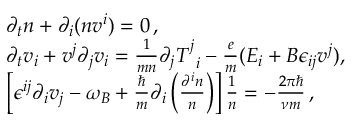
\begin{array} { r l } & { \partial _ { t } n + \partial _ { i } ( n v ^ { i } ) = 0 \, , } \\ & { \partial _ { t } v _ { i } + v ^ { j } \partial _ { j } v _ { i } = \frac { 1 } { m n } \partial _ { j } T _ { \, \, \, i } ^ { j } - \frac { e } { m } ( E _ { i } + B \epsilon _ { i j } v ^ { j } ) , } \\ & { \left[ \epsilon ^ { i j } \partial _ { i } v _ { j } - \omega _ { B } + \frac { \hbar } { m } \partial _ { i } \left( \frac { \partial ^ { i } n } { n } \right) \right] \frac { 1 } { n } = - \frac { 2 \pi \hbar } { \nu m } \, , } \end{array}